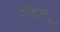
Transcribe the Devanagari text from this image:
रेदिसू